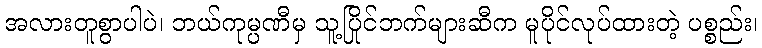
အလားတူစွာပါပဲ၊ ဘယ်ကုမ္ပဏီမှ သူ့ပြိုင်ဘက်များဆီက မူပိုင်လုပ်ထားတဲ့ ပစ္စည်း၊